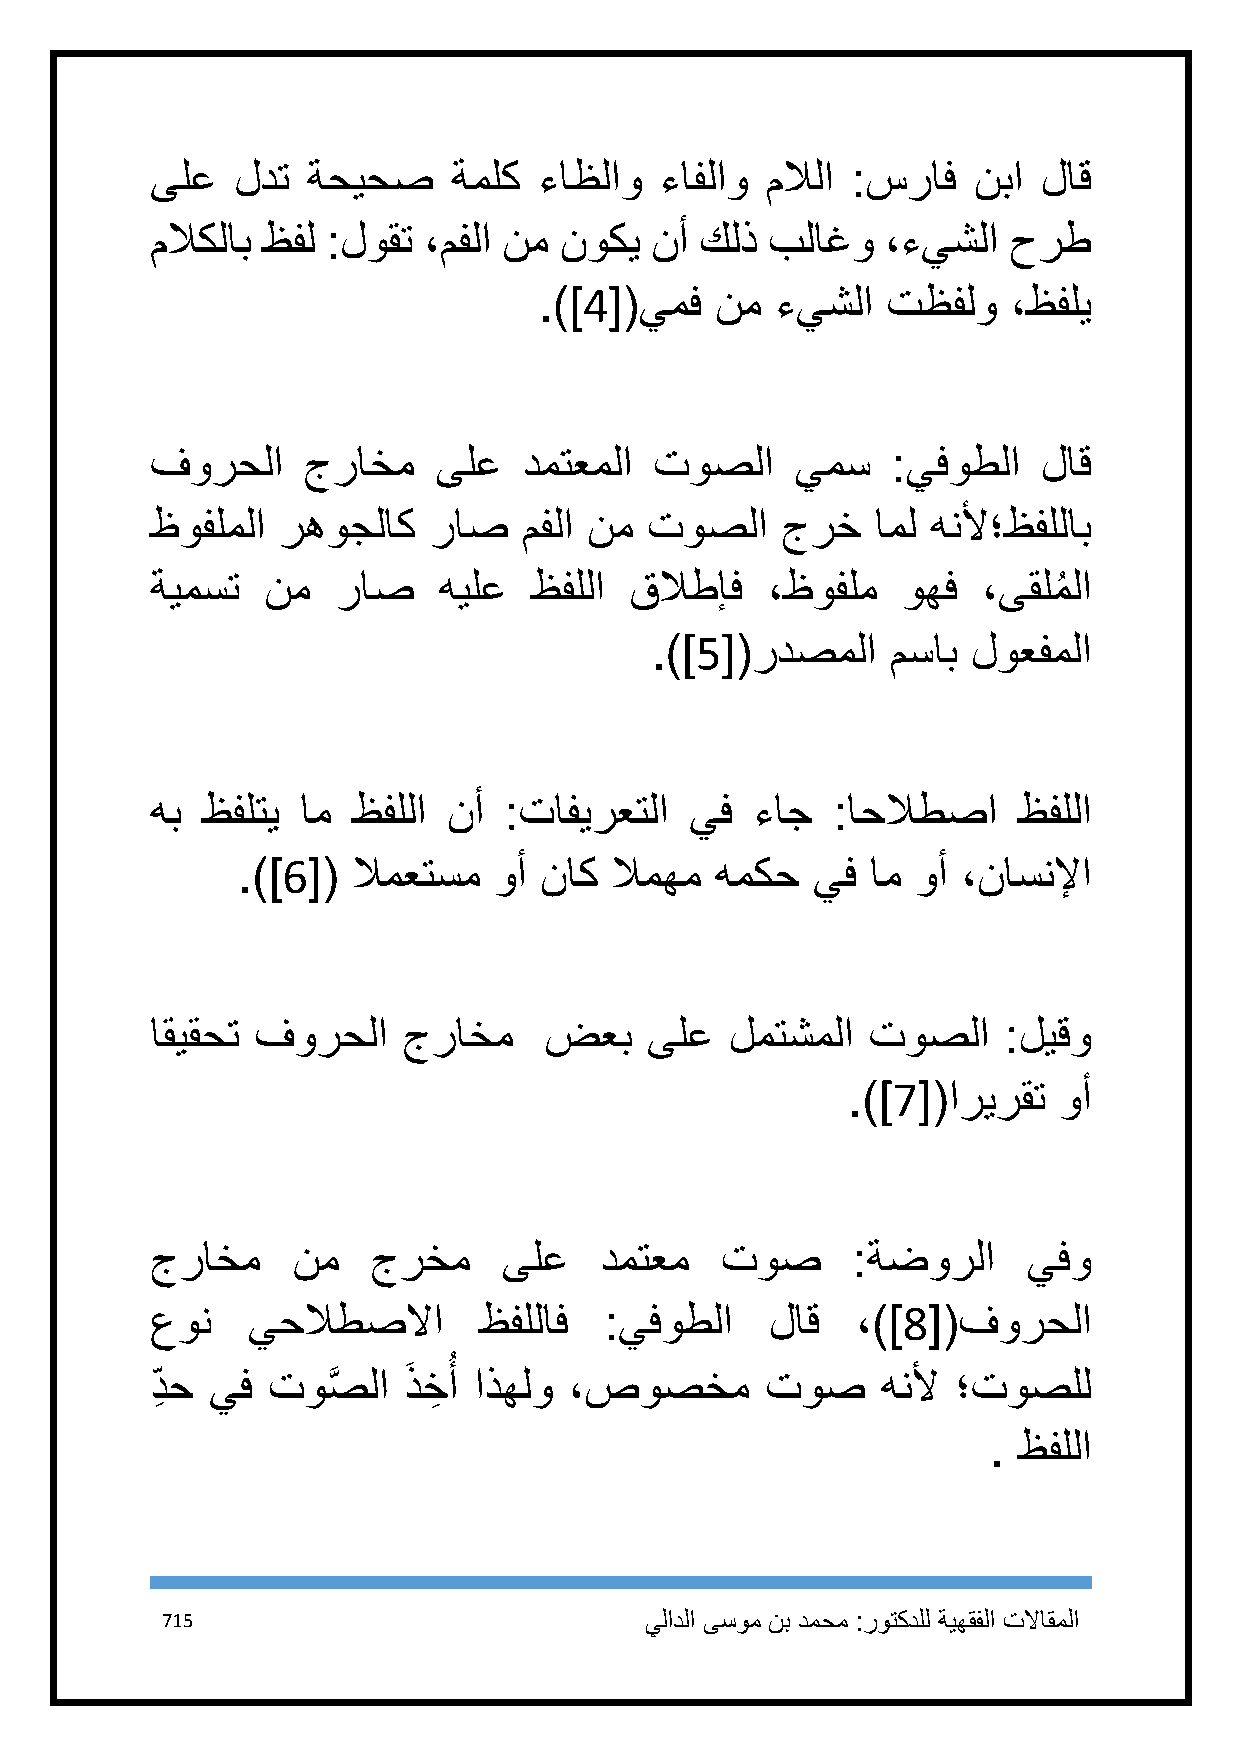
ىلع   لدت ةحيحص     ةملك  ءاظلاو  ءافلاو ملالا :سراف  نبا  لاق
 ملاكلاب ظفل :لوقت ،مفلا نم نوكي  نأ كلذ  بلاغو   ،ءيشلا  حرط
 .)]4[(يمف  نم  ءيشلا   تظفلو   ،ظفلي
 فورحلا    جراخم    ىلع   دمتعملا توصلا     يمس   :يفوطلا   لاق
 ظوفلملا رهوجلاك   راص    مفلا نم توصلا    جرخ   امل هنلأ؛ظفللاب
 ةيمست  نم   راص    هيلع  ظفللا  قلاطإف   ،ظوفلم   وهف  ،ىقلمُ لا
 .)]5[(ردصملا    مساب لوعفملا
 هب ظفلتي  ام ظفللا  نأ :تافيرعتلا   يف  ءاج  :احلاطصا    ظفللا
 .)]6[( لامعتسم   وأ ناك لامهم  همكح   يف  ام وأ ،ناسنلإا
 اقيقحت فورحلا    جراخم    ضعب    ىلع  لمتشملا  توصلا    :ليقو
 .)]7[(اريرقت  وأ
 جراخم    نم    جرخم    ىلع    دمتعم   توص     :ةضورلا     يفو
 عون   يحلاطصلاا       ظفللاف  :يفوطلا    لاق   ،)]8[(فورحلا
 ُ
 د ِ ح يف توصَّ لا ذَ خِ أ اذهلو ،صوصخم   توص    هنلأ ؛توصلل
 . ظفللا
 715                             يلادلا ىسوم نب دمحم :روتكدلل ةيهقفلا تلااقملا